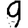
Digit: 9